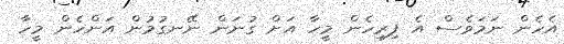
އެހެން ނަމަވެސް އެ ފިރިހެން މީހާ އަށް ގުނަން ނޭނގުމުން އަންހެން މީހާ